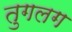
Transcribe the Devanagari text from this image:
तुगलग